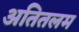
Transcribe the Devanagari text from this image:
अतितलम